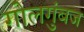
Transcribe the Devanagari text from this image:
गोलगुंबज